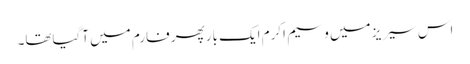
اس سیریز میں وسیم اکرم ایک بارپھر فارم میں آگیاتھا۔